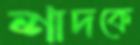
শাদকে